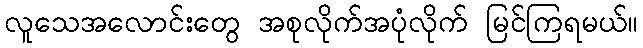
လူသေအလောင်းတွေ အစုလိုက်အပုံလိုက် မြင်ကြရမယ်။